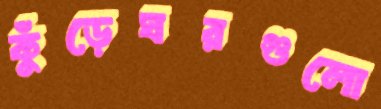
কুঁড়েঘরগুলো